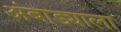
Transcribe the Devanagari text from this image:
अंबाड्याला